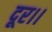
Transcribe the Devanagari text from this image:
दूर।।